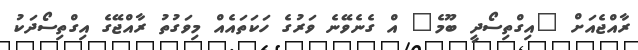
ރާއްޖެއަށް "އިގްތިސޯދީ ބޫމެ" އް ގެނެވޭނެ ވަރުގެ ހަކަތައެއް މިވަގުުތު ރާއްޖޭގެ އިގްތިސޯދަކު